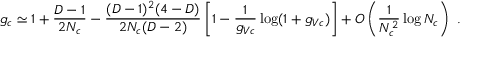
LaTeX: g _ { c } \simeq 1 + \frac { D - 1 } { 2 N _ { c } } - \frac { ( D - 1 ) ^ { 2 } ( 4 - D ) } { 2 N _ { c } ( D - 2 ) } \left[ 1 - \frac { 1 } { g _ { V c } } \log ( 1 + g _ { V c } ) \right] + O \left( \frac { 1 } { N _ { c } ^ { 2 } } \log N _ { c } \right) \ .